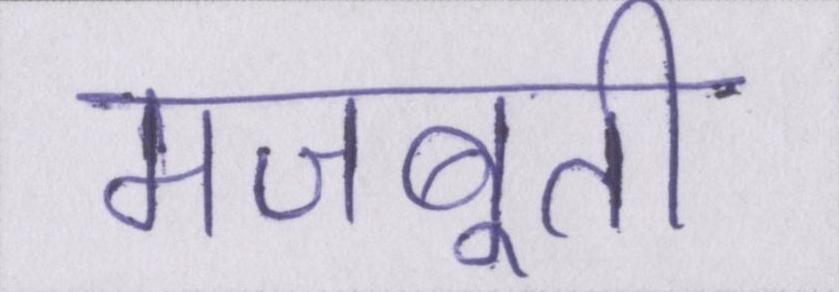
मजबूती